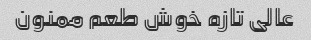
عالی تازه خوش طعم ممنون